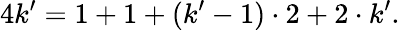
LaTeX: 4k^{\prime}=1+1+(k^{\prime}-1)\cdot 2+2\cdot k^{\prime}.